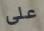
على